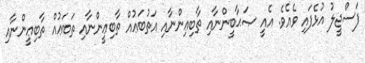
ފަސްޖީލު އުޅެފައި ވެއެވެ. އެއީ ޞަޙާބީންނާއި ތާބިޢިންނާއި އަތުބަޢުއް ތާބިޢީންނާއި ތަބަޢުއް ތާބިޢީންނާއި